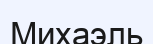
Михаэль